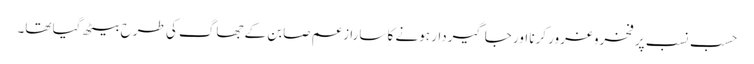
حسب نسب پر فخروغرور کرنا اور جاگیردار ہونے کا سارا زعم صابن کے جھاگ کی طرح بیٹھ گیا تھا۔